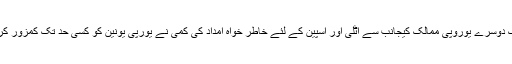
ابھی تک دوسرے یوروپی ممالک کیجانب سے اٹلی اور اسپین کے لئے خاطر خواہ امداد کی کمی نے یورپی یونین کو کسی حد تک کمزور کردیا ہے۔